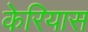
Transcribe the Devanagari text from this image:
केरियास